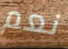
نعم